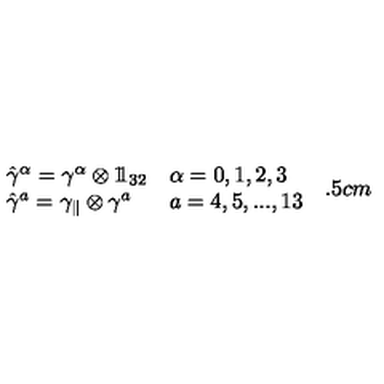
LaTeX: \begin{array} { l l } { \hat { \gamma } ^ { \alpha } = \gamma ^ { \alpha } \otimes 1 \! \! 1 _ { 3 2 } } & { \alpha = 0 , 1 , 2 , 3 } \\ { \hat { \gamma } ^ { a } = \gamma _ { \parallel } \otimes \gamma ^ { a } } & { a = 4 , 5 , . . . , 1 3 } \\ \end{array} \hspace { 5 . 5 c m }